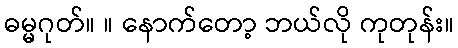
ဓမ္မဂုတ်။ ။ နောက်တော့ ဘယ်လို ကုတုန်း။